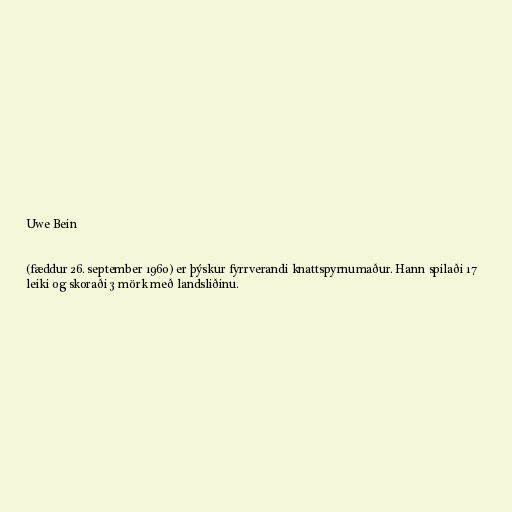
Uwe Bein

(fæddur 26. september 1960) er þýskur fyrrverandi knattspyrnumaður. Hann spilaði 17
leiki og skoraði 3 mörk með landsliðinu.